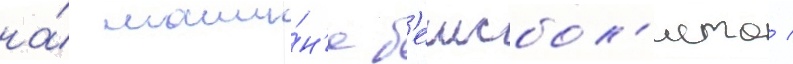
на́ маши́н'е б'еисбол'иста /